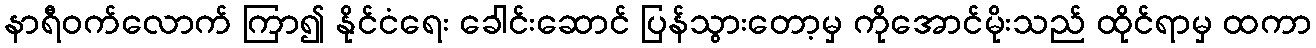
နာရီဝက်လောက် ကြာ၍ နိုင်ငံရေး ခေါင်းဆောင် ပြန်သွားတော့မှ ကိုအောင်မိုးသည် ထိုင်ရာမှ ထကာ